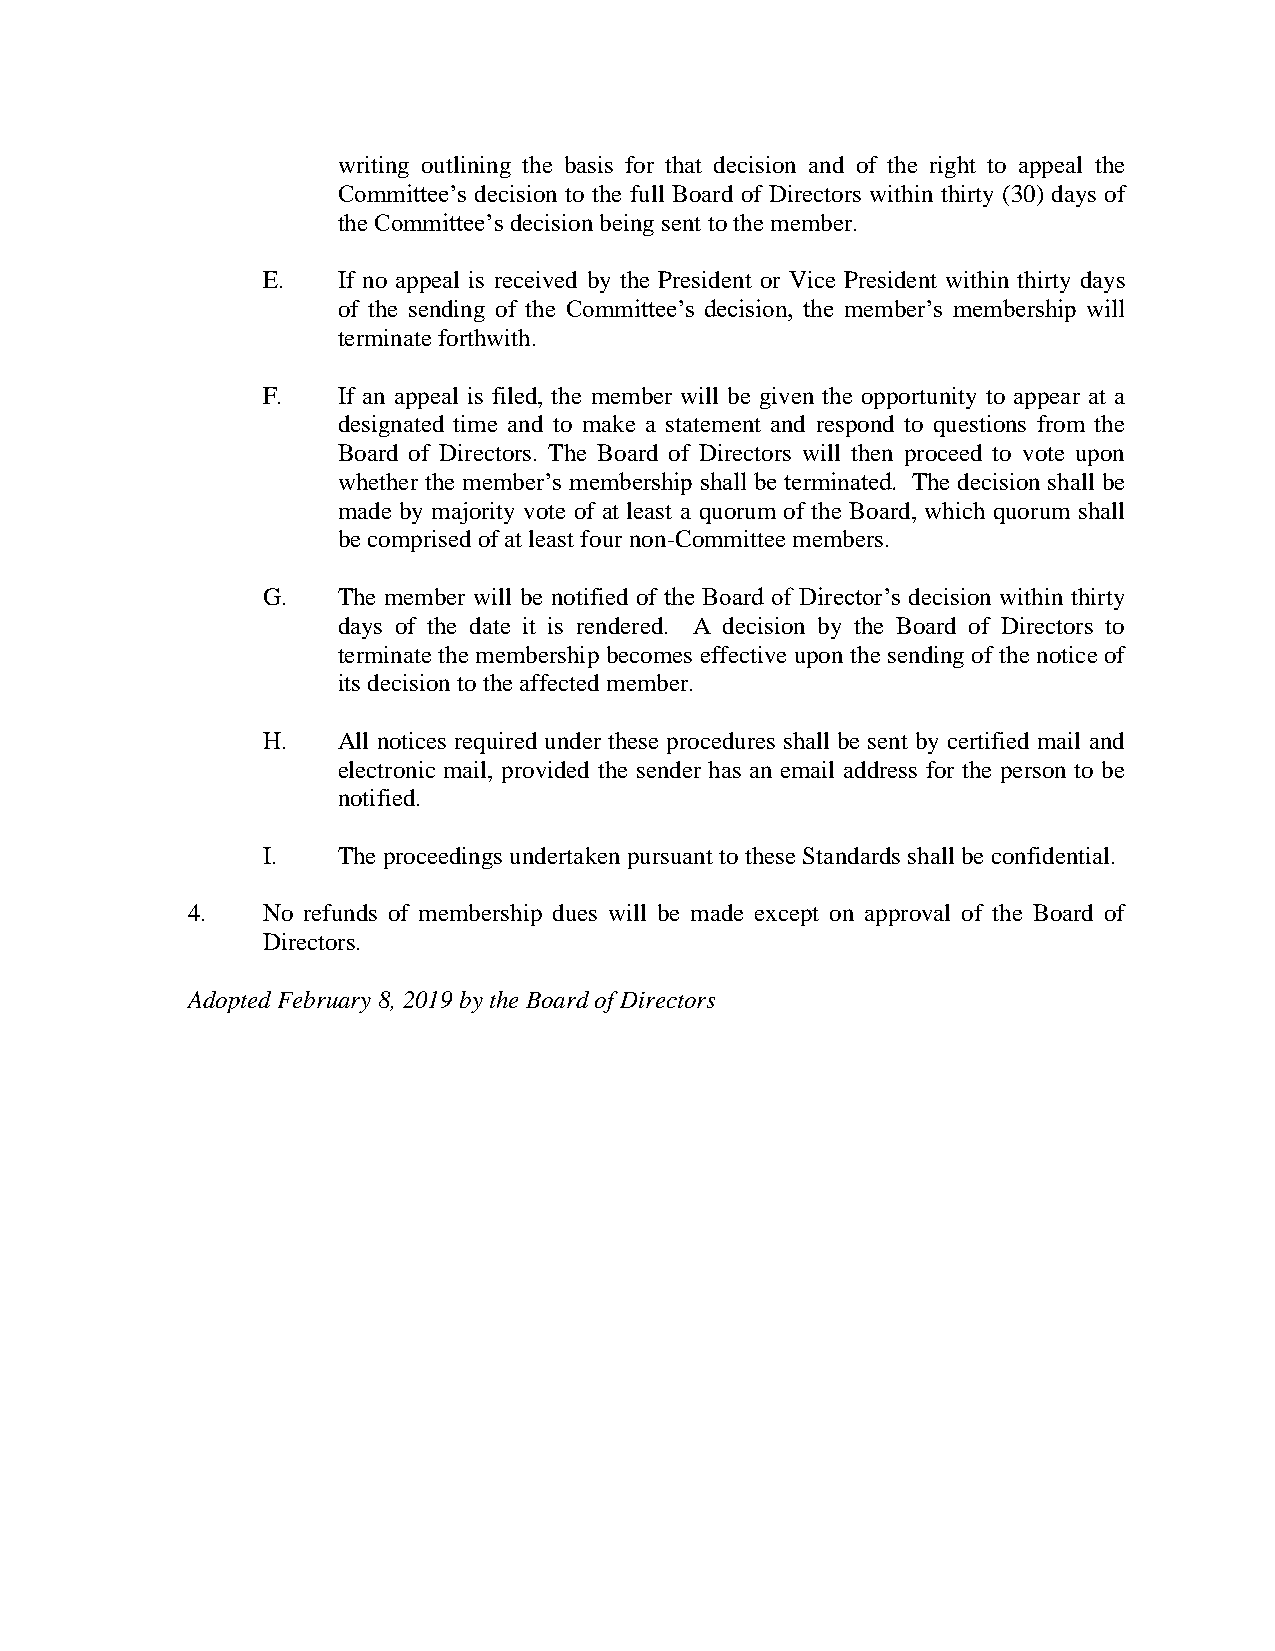
writing outlining the basis for that decision and of the right to appeal the
 Committee’s decision to the full Board of Directors within thirty (30) days of
 the Committee’s decision being sent to the member.
 E.   If no appeal is received by the President or Vice President within thirty days
 of the sending of the Committee’s decision, the member’s membership will
 terminate forthwith.
 F.   If an appeal is filed, the member will be given the opportunity to appear at a
 designated time and to make a statement and respond to questions from the
 Board of Directors. The Board of Directors will then proceed to vote upon
 whether the member’s membership shall be terminated. The decision shall be
 made by majority vote of at least a quorum of the Board, which quorum shall
 be comprised of at least four non-Committee members.
 G.   The member will be notified of the Board of Director’s decision within thirty
 days of the date it is rendered. A decision by the Board of Directors to
 terminate the membership becomes effective upon the sending of the notice of
 its decision to the affected member.
 H.   All notices required under these procedures shall be sent by certified mail and
 electronic mail, provided the sender has an email address for the person to be
 notified.
 I.   The proceedings undertaken pursuant to these Standards shall be confidential.
 4.   No refunds of membership dues will be made except on approval of the Board of
 Directors.
 Adopted February 8, 2019 by the Board of Directors